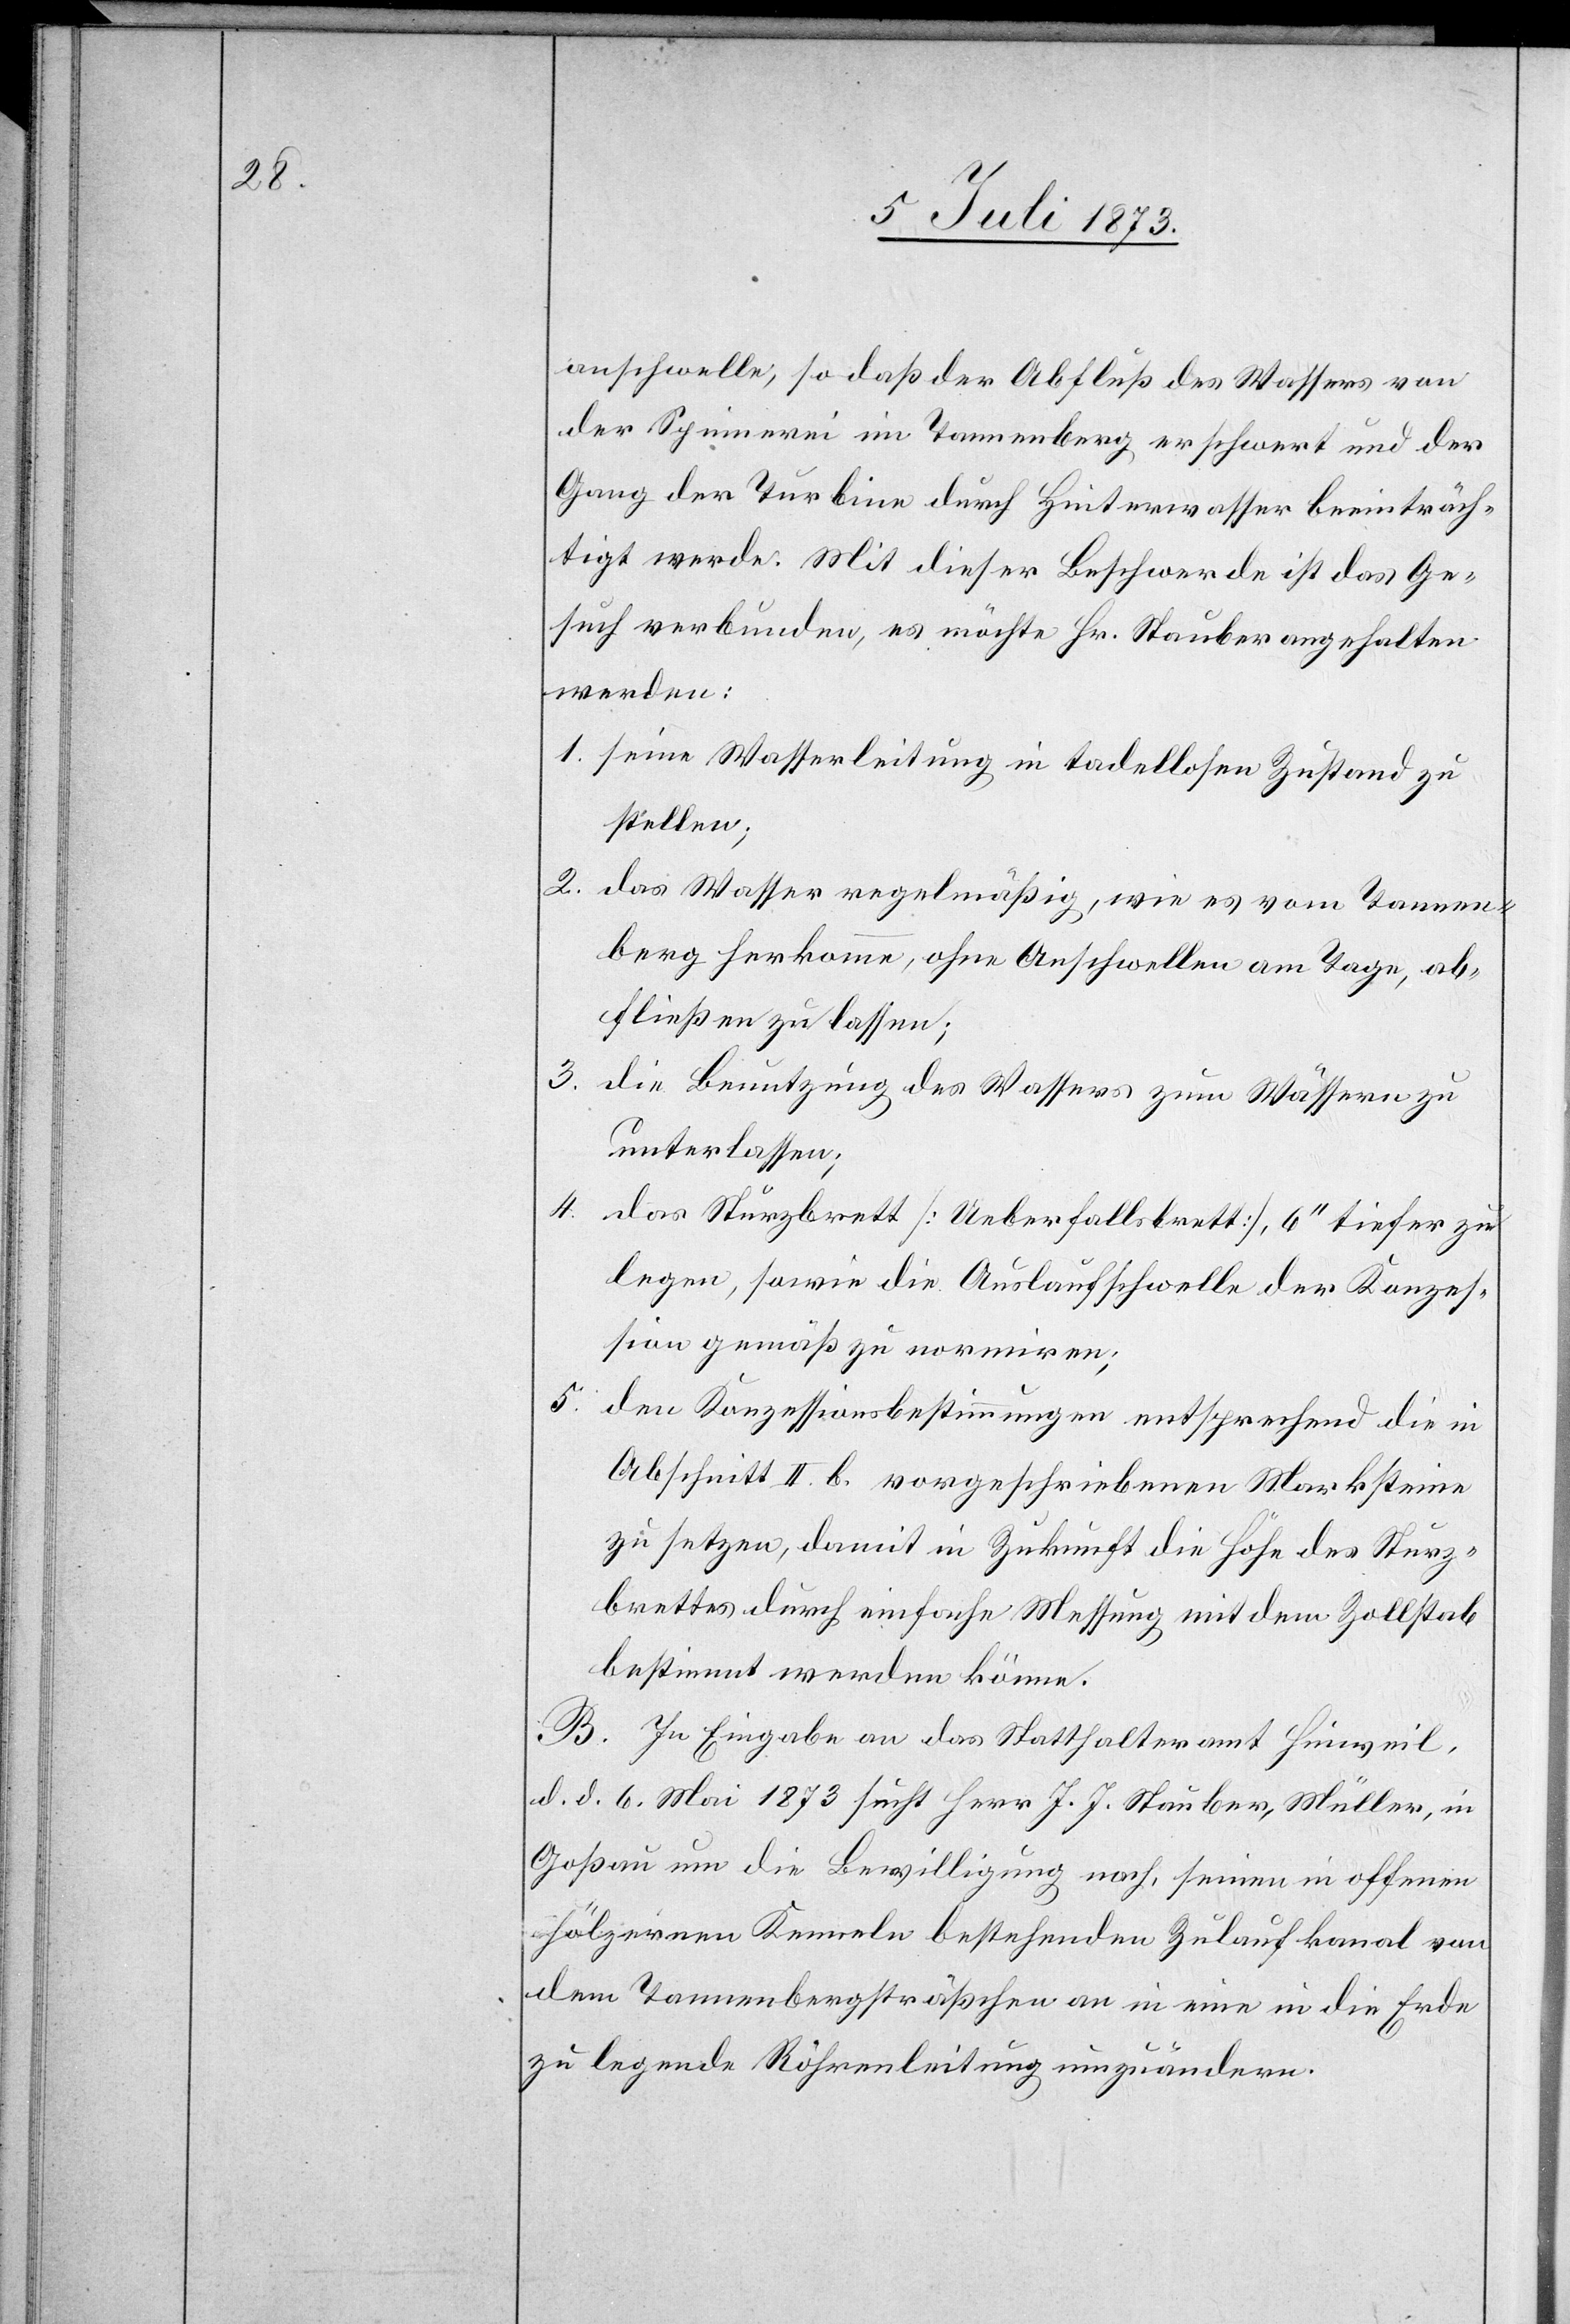
anschwelle, so daß der Abfluß des Wassers von
der Spinnerei im Tannenberg erschwert und der
Gang der Turbine durch Hinterwasser beeinträch¬
tigt werde. Mit dieser Beschwerde ist das Ge¬
such verbunden, es möchte Hr. Stauber angehalten
werden:
1. seine Wasserleitung in tadellosen Zustand zu
stellen;
2. das Wasser regelmäßig , wie es vom Tannen¬
berg herkomme, ohne Anschwellen am Tage, ab¬
fließen zu lassen;
3.
die Benutzung des Wassers zum Wässern zu
unterlassen;
4.
das Sturzbrett [Ueberfallsbrett], 6‘‘ tiefer zu
legen, sowie die Auslaufsschwelle der Konzes¬
sion gemäß zu normiren;
5.
den Konzessionsbestimmungen entsprechend die in
Abschnitt II. b. vorgeschriebenen Marksteine
zu setzen, damit in Zukunft die Höhe des Sturz¬
brettes durch einfache Messung mit dem Zollstab
bestimmt werden könne.
B. In Eingabe an das Statthalteramt Hinweil,
d. d. 6. Mai 1873 sucht Herr J. J. Stauber, Müller, in
Goßau um die Bewilligung nach, seinen in offenen
hölzernen Kenneln bestehenden Zulaufkanal von
dem Tannenbergsträßchen an in eine in die Erde
zu legende Röhrenleitung umzuändern.